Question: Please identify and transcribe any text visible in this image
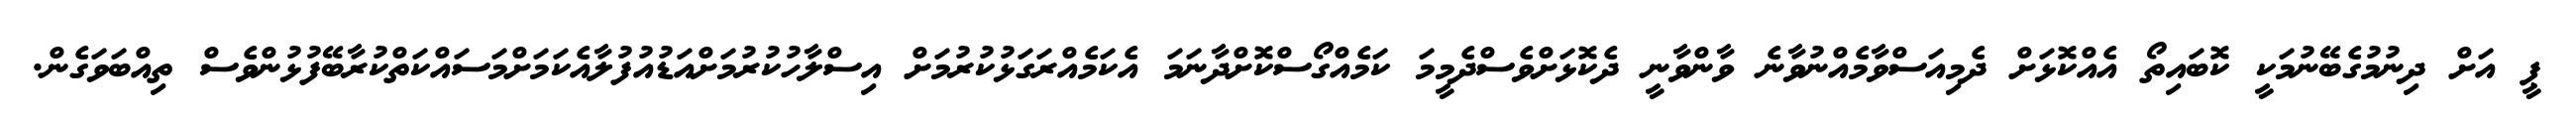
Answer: ޕީ އަށް ދިނުމުގެބޭނުމަކީ ކޮބައިތޯ އެއްކޮޅަށް ދެމިއަސްވާމެއްނުވާނެ ވާންވާނީ ދެކޮޅަށްވެސްދެމީމަ ކަމެއްގޯސްކޮށްދާނަމަ އެކަމެއްރަގަޅުކުރުމަށް އިސްލާހުކުރުމަށްއަޑުއުފުލާއެކަމަށްމަސައްކަތްކުރާބޭފުޅުންވެސް ތިއްބަވަގެން.